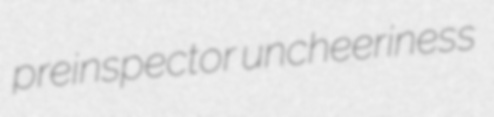
preinspector uncheeriness